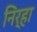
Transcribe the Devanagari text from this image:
निर्‍हा